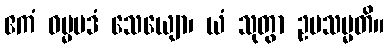
ဧကံ ဓမ္မပဒံ သေယျော၊ ယံ သုတွာ ဥပသမ္မတိ။